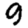
Digit: 9